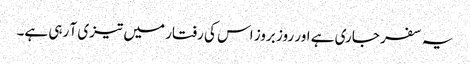
یہ سفر جاری ہے اور روز بروز اس کی رفتار میں تیزی آ رہی ہے۔